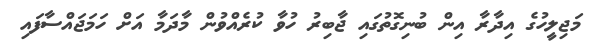
މަޖިލީހުގެ އިދާރާ އިން ބުނިގޮތުގައި ޖާބިރު ހުވާ ކުރެއްވުން މާދަމާ އަށް ހަމަޖައްސާފައި